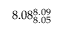
8 . 0 8 _ { 8 . 0 5 } ^ { 8 . 0 9 }